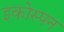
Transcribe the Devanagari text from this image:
इकोस्पन